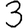
Digit: 3